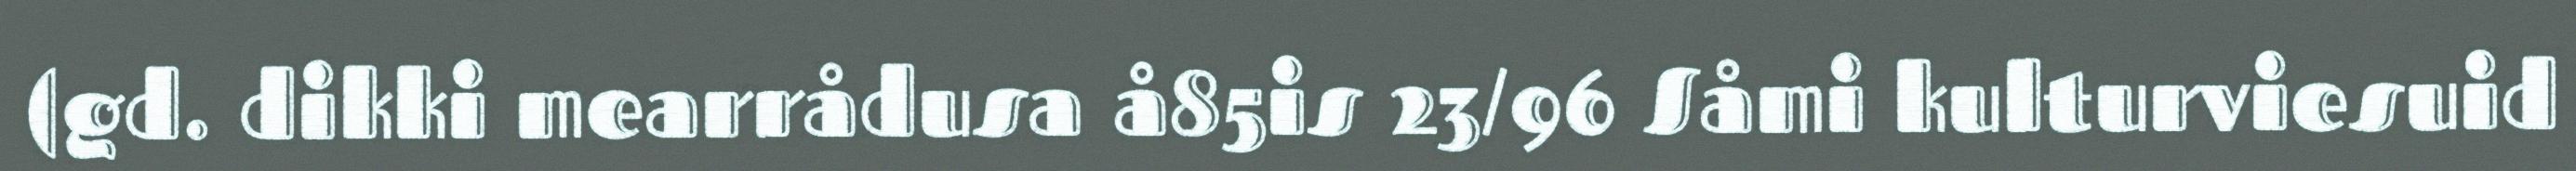
(gd. dikki mearrådusa å85is 23/96 Såmi kulturviesuid